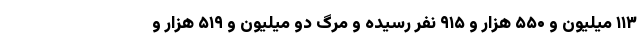
۱۱۳ میلیون و ۵۵۰ هزار و ۹۱۵ نفر رسیده و مرگ دو میلیون و ۵۱۹ هزار و